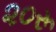
૨૦રૂ